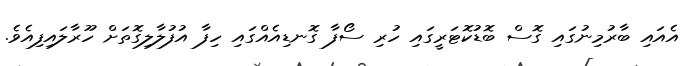
އެއައި ބާރުމިނުގައި ގޮސް ބޮޑުކޮޓަރީގައި ހުރި ސޯފާ ގޮނޑިއެއްގައި ހިފާ އުފުލާލިގޮތަށް ހޫރާލައިފިއެވެ.